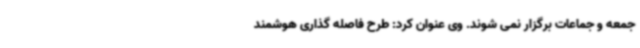
جمعه و جماعات برگزار نمی شوند. وی عنوان کرد: طرح فاصله گذاری هوشمند